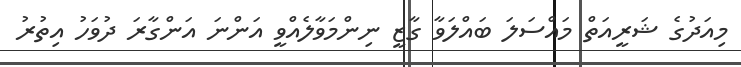
މިއަދުގެ ޝަރީއަތް މައްސަލަ ބައްލަވާ ގާޒީ ނިންމަވާލެއްވީ އަންނަ އަންގާރަ ދުވަހު އިތުރު